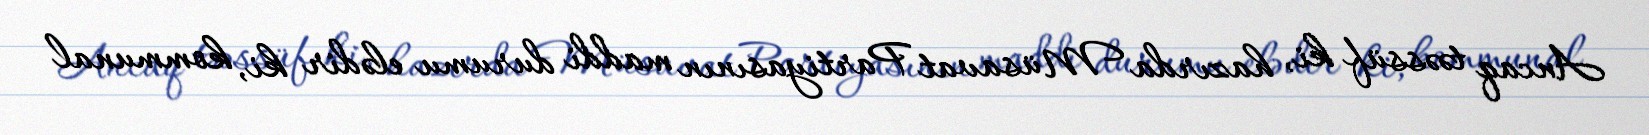
Ancaq təəssüf ki, hazırda Müsavat Partiyasının maddi durumu elədir ki, kommunal